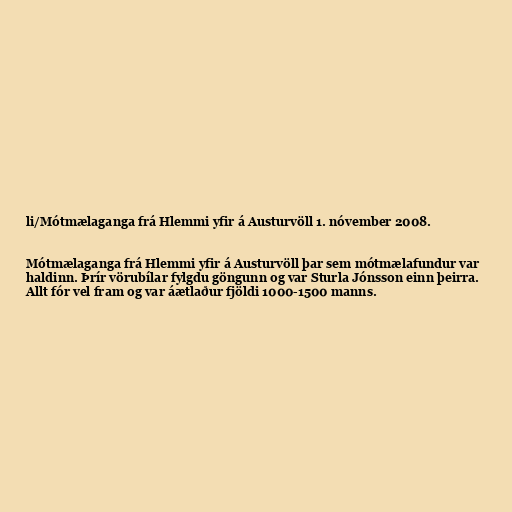
li/Mótmælaganga frá Hlemmi yfir á Austurvöll 1. nóvember 2008.

Mótmælaganga frá Hlemmi yfir á Austurvöll þar sem mótmælafundur var
haldinn. Þrír vörubílar fylgdu göngunn og var Sturla Jónsson einn þeirra.
Allt fór vel fram og var áætlaður fjöldi 1000-1500 manns.